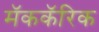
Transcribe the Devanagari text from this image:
मॅककॅरिक